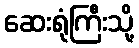
ဆေးရုံကြီးသို့